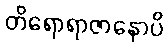
တိရောရာဇာနောပိ